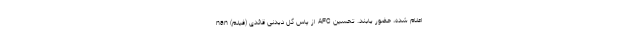
اعلام شده، حضور یابند. تحسین AFC از پاس گل دیدنی قائدی (فیلم) nan